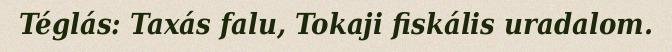
Téglás: Taxás falu, Tokaji fiskális uradalom.